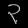
Digit: ၃